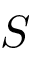
S